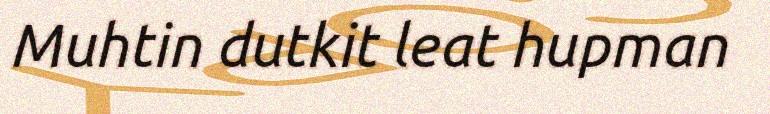
Muhtin dutkit leat hupman